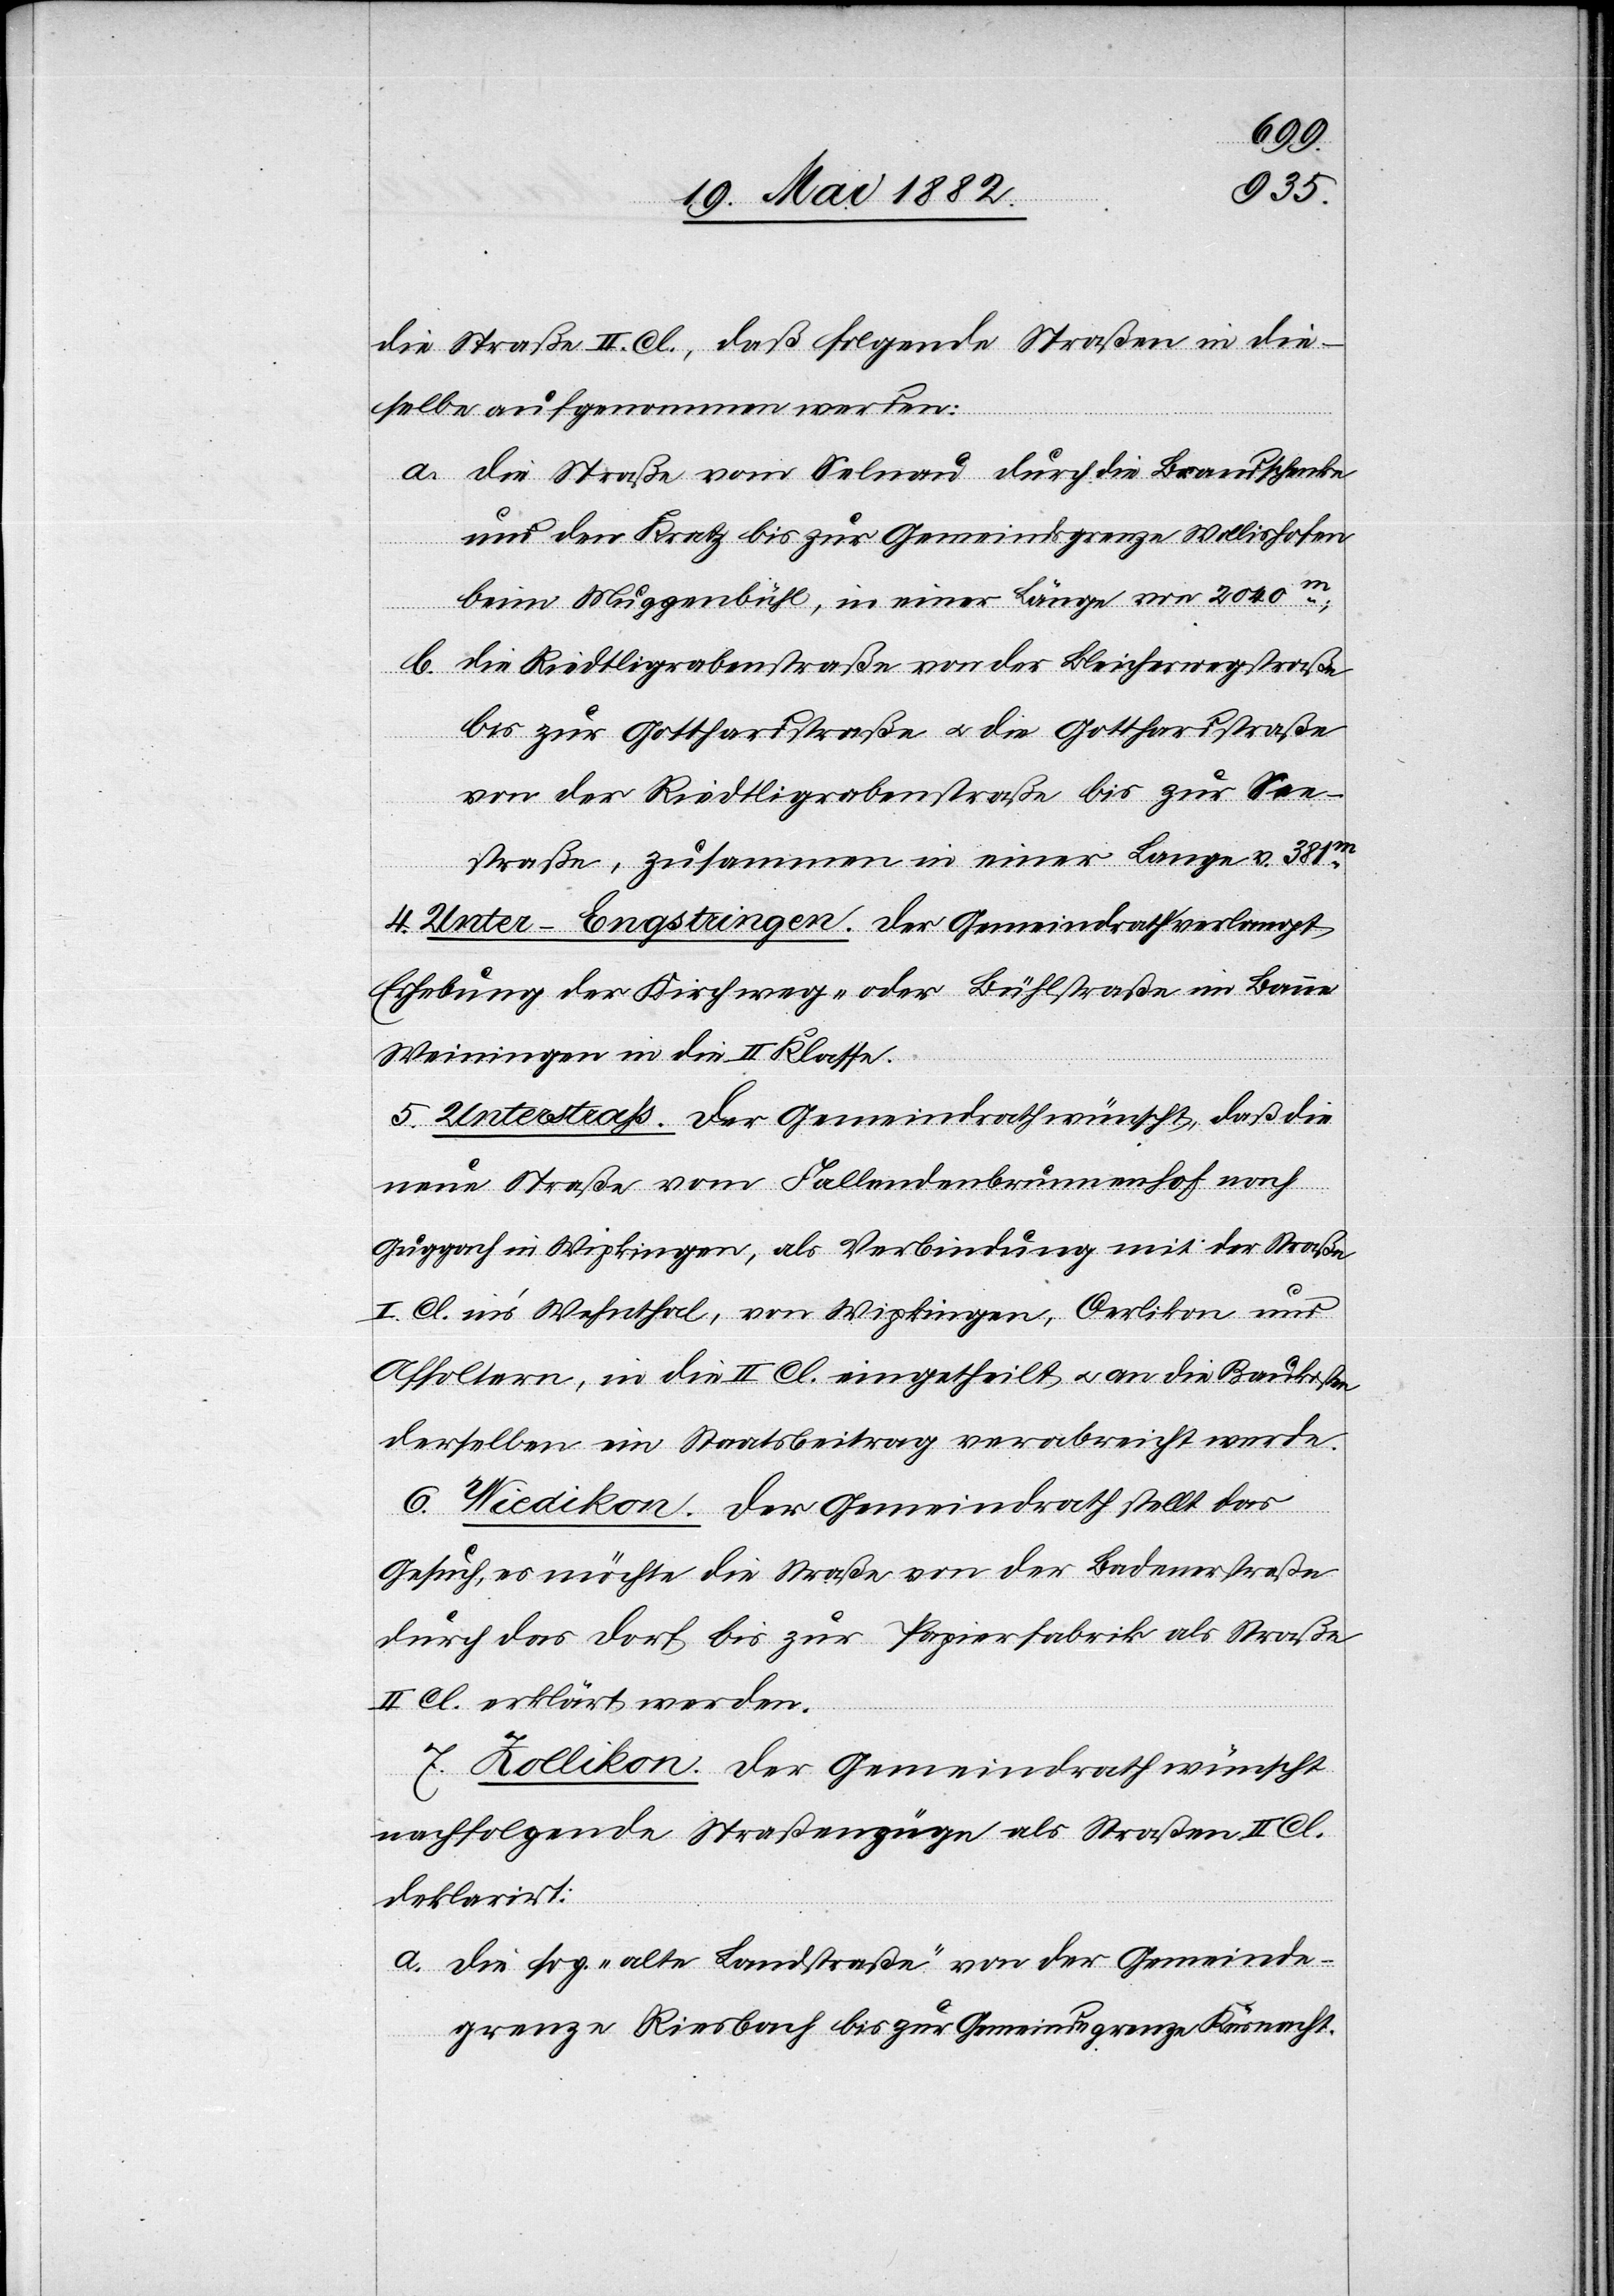
die Straße[n] II. Cl., daß folgende Straßen in die¬
selbe aufgenommen werden:
a. Die Straße von Selnau durch die Brandschenke
und den Kratz bis zur Gemeindsgrenze Wollishofen
beim Muggenbühl, in einer Länge von 2040m;
b. Die Riedtligrabenstraße von der Bleicherwegstraße
bis zur Gotthardstraße u. die Gotthardstraße
von der Riedtligrabenstraße bis zur See¬
straße, zusammen in einer Länge v. 381m.
4. Unter-Engstringen. Der Gemeindrath verlangt
Erhebung der Kirchweg- oder Bühlstraße im Banne
Weiningen in die II. Klasse.
5. Unterstraß. Der Gemeindrath wünscht, daß die
neue Straße vom Fallendenbrunnenhof nach
Guggach in Wipkingen, als Verbindung mit der Straße
I. Cl. in’s Wehnthal, von Wipkingen, Oerlikon und
Affoltern, in die II. Cl. eingetheilt u. an die Baukosten
derselben ein Staatsbeitrag verabreicht wird.
6. Wiedikon. Der Gemeindrath stellt das
Gesuch, es möchte die Straße von der Badenerstraße
durch das Dorf bis zur Papierfabrik als Straße
II. Cl. erklärt werden.
7. Zollikon. Der Gemeindrath wünscht
nachfolgende Straßenzüge als Straßen II. Cl.
deklarirt:
a. die sog. „alte Landstraße“ von der Gemeinde¬
grenze Riesbach bis zur Gemeindegrenze Küsnacht.